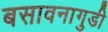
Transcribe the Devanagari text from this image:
बसावनागुडी